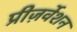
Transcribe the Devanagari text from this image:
प्रीज़र्वेशन